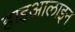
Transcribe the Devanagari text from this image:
हाइआलाइन